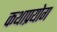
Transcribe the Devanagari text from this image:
कथाप्रयोग